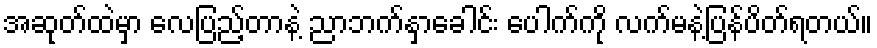
အဆုတ်ထဲမှာ လေပြည့်တာနဲ့ ညာဘက်နှာခေါင်း ပေါက်ကို လက်မနဲ့ပြန်ပိတ်ရတယ်။